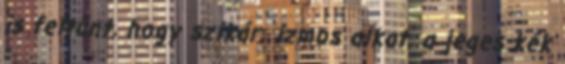
is feltűnt, hogy szikár, izmos alkat, a jeges kék